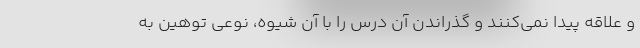
و علاقه پیدا نمی‌کنند و گذراندن آن درس را با آن شیوه، نوعی توهین به